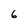
Character: 6